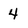
Character: 4